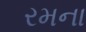
રમના